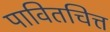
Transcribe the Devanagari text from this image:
पावितचित्त